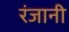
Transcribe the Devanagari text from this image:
रंजानी